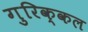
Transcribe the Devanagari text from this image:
गुरिक्कल